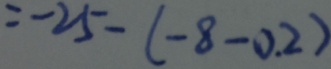
= - 2 5 - ( - 8 - 0 . 2 )